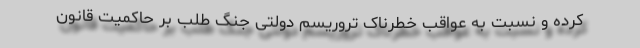
کرده و نسبت به عواقب خطرناک تروریسم دولتی جنگ طلب بر حاکمیت قانون